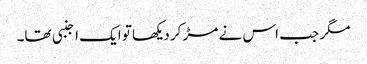
مگر جب اس نے مڑ کر دیکھا تو ایک اجنبی تھا۔